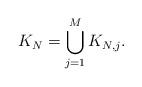
LaTeX: \begin{align*}K_N = \bigcup_{j = 1}^M K_{N,j}.\end{align*}